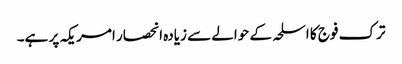
ترک فوج کا اسلحہ کے حوالے سے زیادہ انحصار امریکہ پر ہے۔